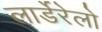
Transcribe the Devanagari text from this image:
लार्डेरेलो